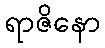
ရာဇိနော